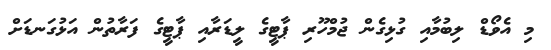
މި އެވޯޑް ލިބުމާއި ގުޅިގެން ޖުމްހޫރި ޕާޓީގެ ލީޑަރާއި ޕާޓީގެ ފަރާތުން އަޅުގަނޑަށް